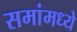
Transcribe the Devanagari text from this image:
समांमध्ये